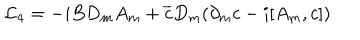
{ \cal L } _ { 4 } = - i B D _ { m } A _ { m } + \overline { { c } } D _ { m } ( \partial _ { m } c - i [ A _ { m } , c ] )